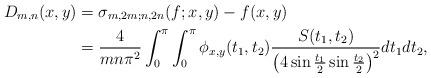
LaTeX: \begin{align*}D_{m,n}(x,y)& =\sigma _{m,2m;n,2n}(f;x,y)-f(x,y) \\& =\frac{4}{mn\pi ^{2}}\int_{0}^{\pi }\int_{0}^{\pi }\phi _{x,y}(t_{1},t_{2})\frac{S(t_{1},t_{2})}{\left( 4\sin \frac{t_{1}}{2}\sin \frac{t_{2}}{2}\right) ^{2}}dt_{1}dt_{2},\end{align*}